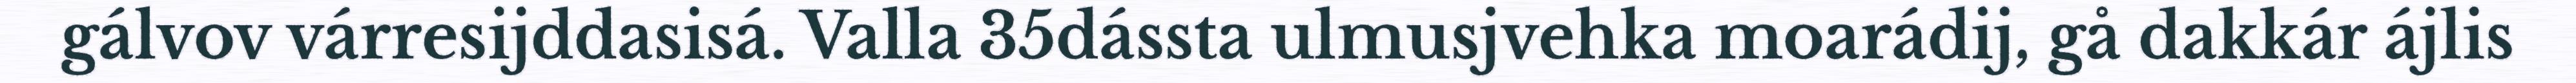
gálvov várresijddasisá. Valla 35dássta ulmusjvehka moarádij, gå dakkár ájlis